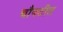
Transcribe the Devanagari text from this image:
चौपटीत